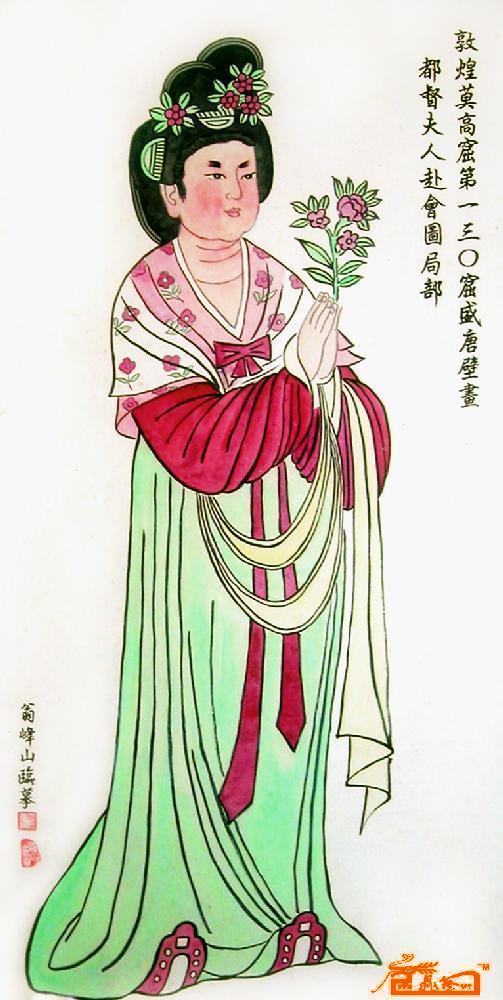
夫人虽有性质美而心辩知，必将求贤师而事之